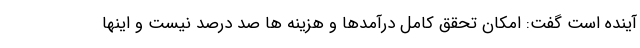
آینده است گفت: امکان تحقق کامل درآمدها و هزینه ها صد درصد نیست و اینها